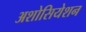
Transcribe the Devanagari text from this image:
अशोसियेशन